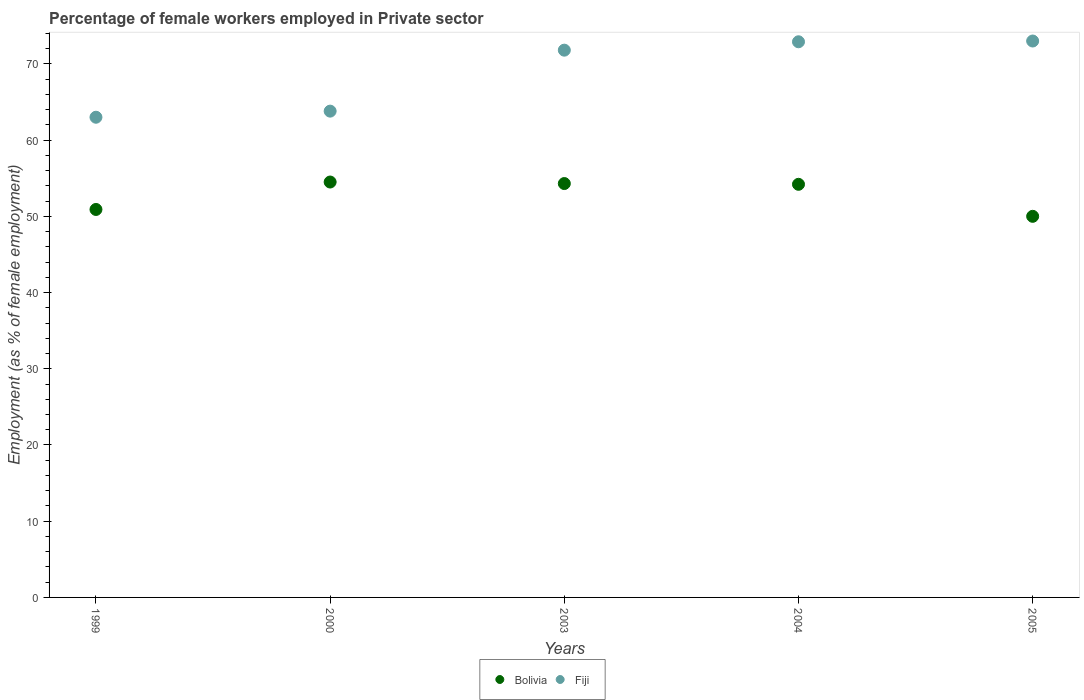
| Years | Bolivia | Fiji |
 | --- | --- | --- |
 | 1999 | 50.9 | 63 |
 | 2000 | 54.5 | 63.8 |
 | 2003 | 54.3 | 71.8 |
 | 2004 | 54.2 | 72.9 |
 | 2005 | 50 | 73 |